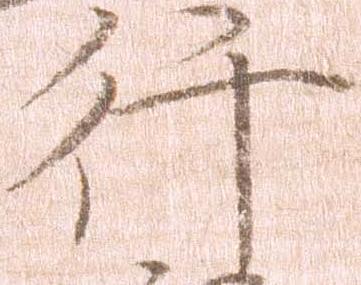
行